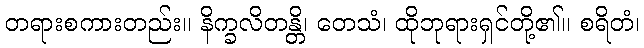
တရားစကားတည်း။ နိက္ခလိတန္တိ၊ တေသံ၊ ထိုဘုရားရှင်တို့၏။ စရိတံ၊